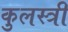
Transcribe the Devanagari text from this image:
कुलस्त्री